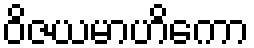
ဝိဇယမာဟိကော